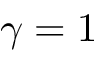
\gamma = 1